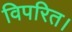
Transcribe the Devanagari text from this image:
विपरित।